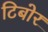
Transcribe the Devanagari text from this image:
टिबोर